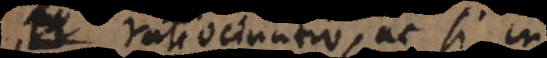
ratiocinatio, ac si in